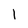
Character: 1